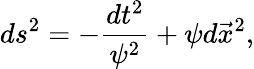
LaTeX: ds^{2}=-\frac{dt^{2}}{\psi^{2}}+\psi d\vec{x}^{2},